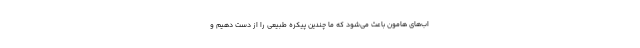
اب‌های هامون باعث می‌شود که ما چندین ‌پیکره طبیعی را از دست دهیم و